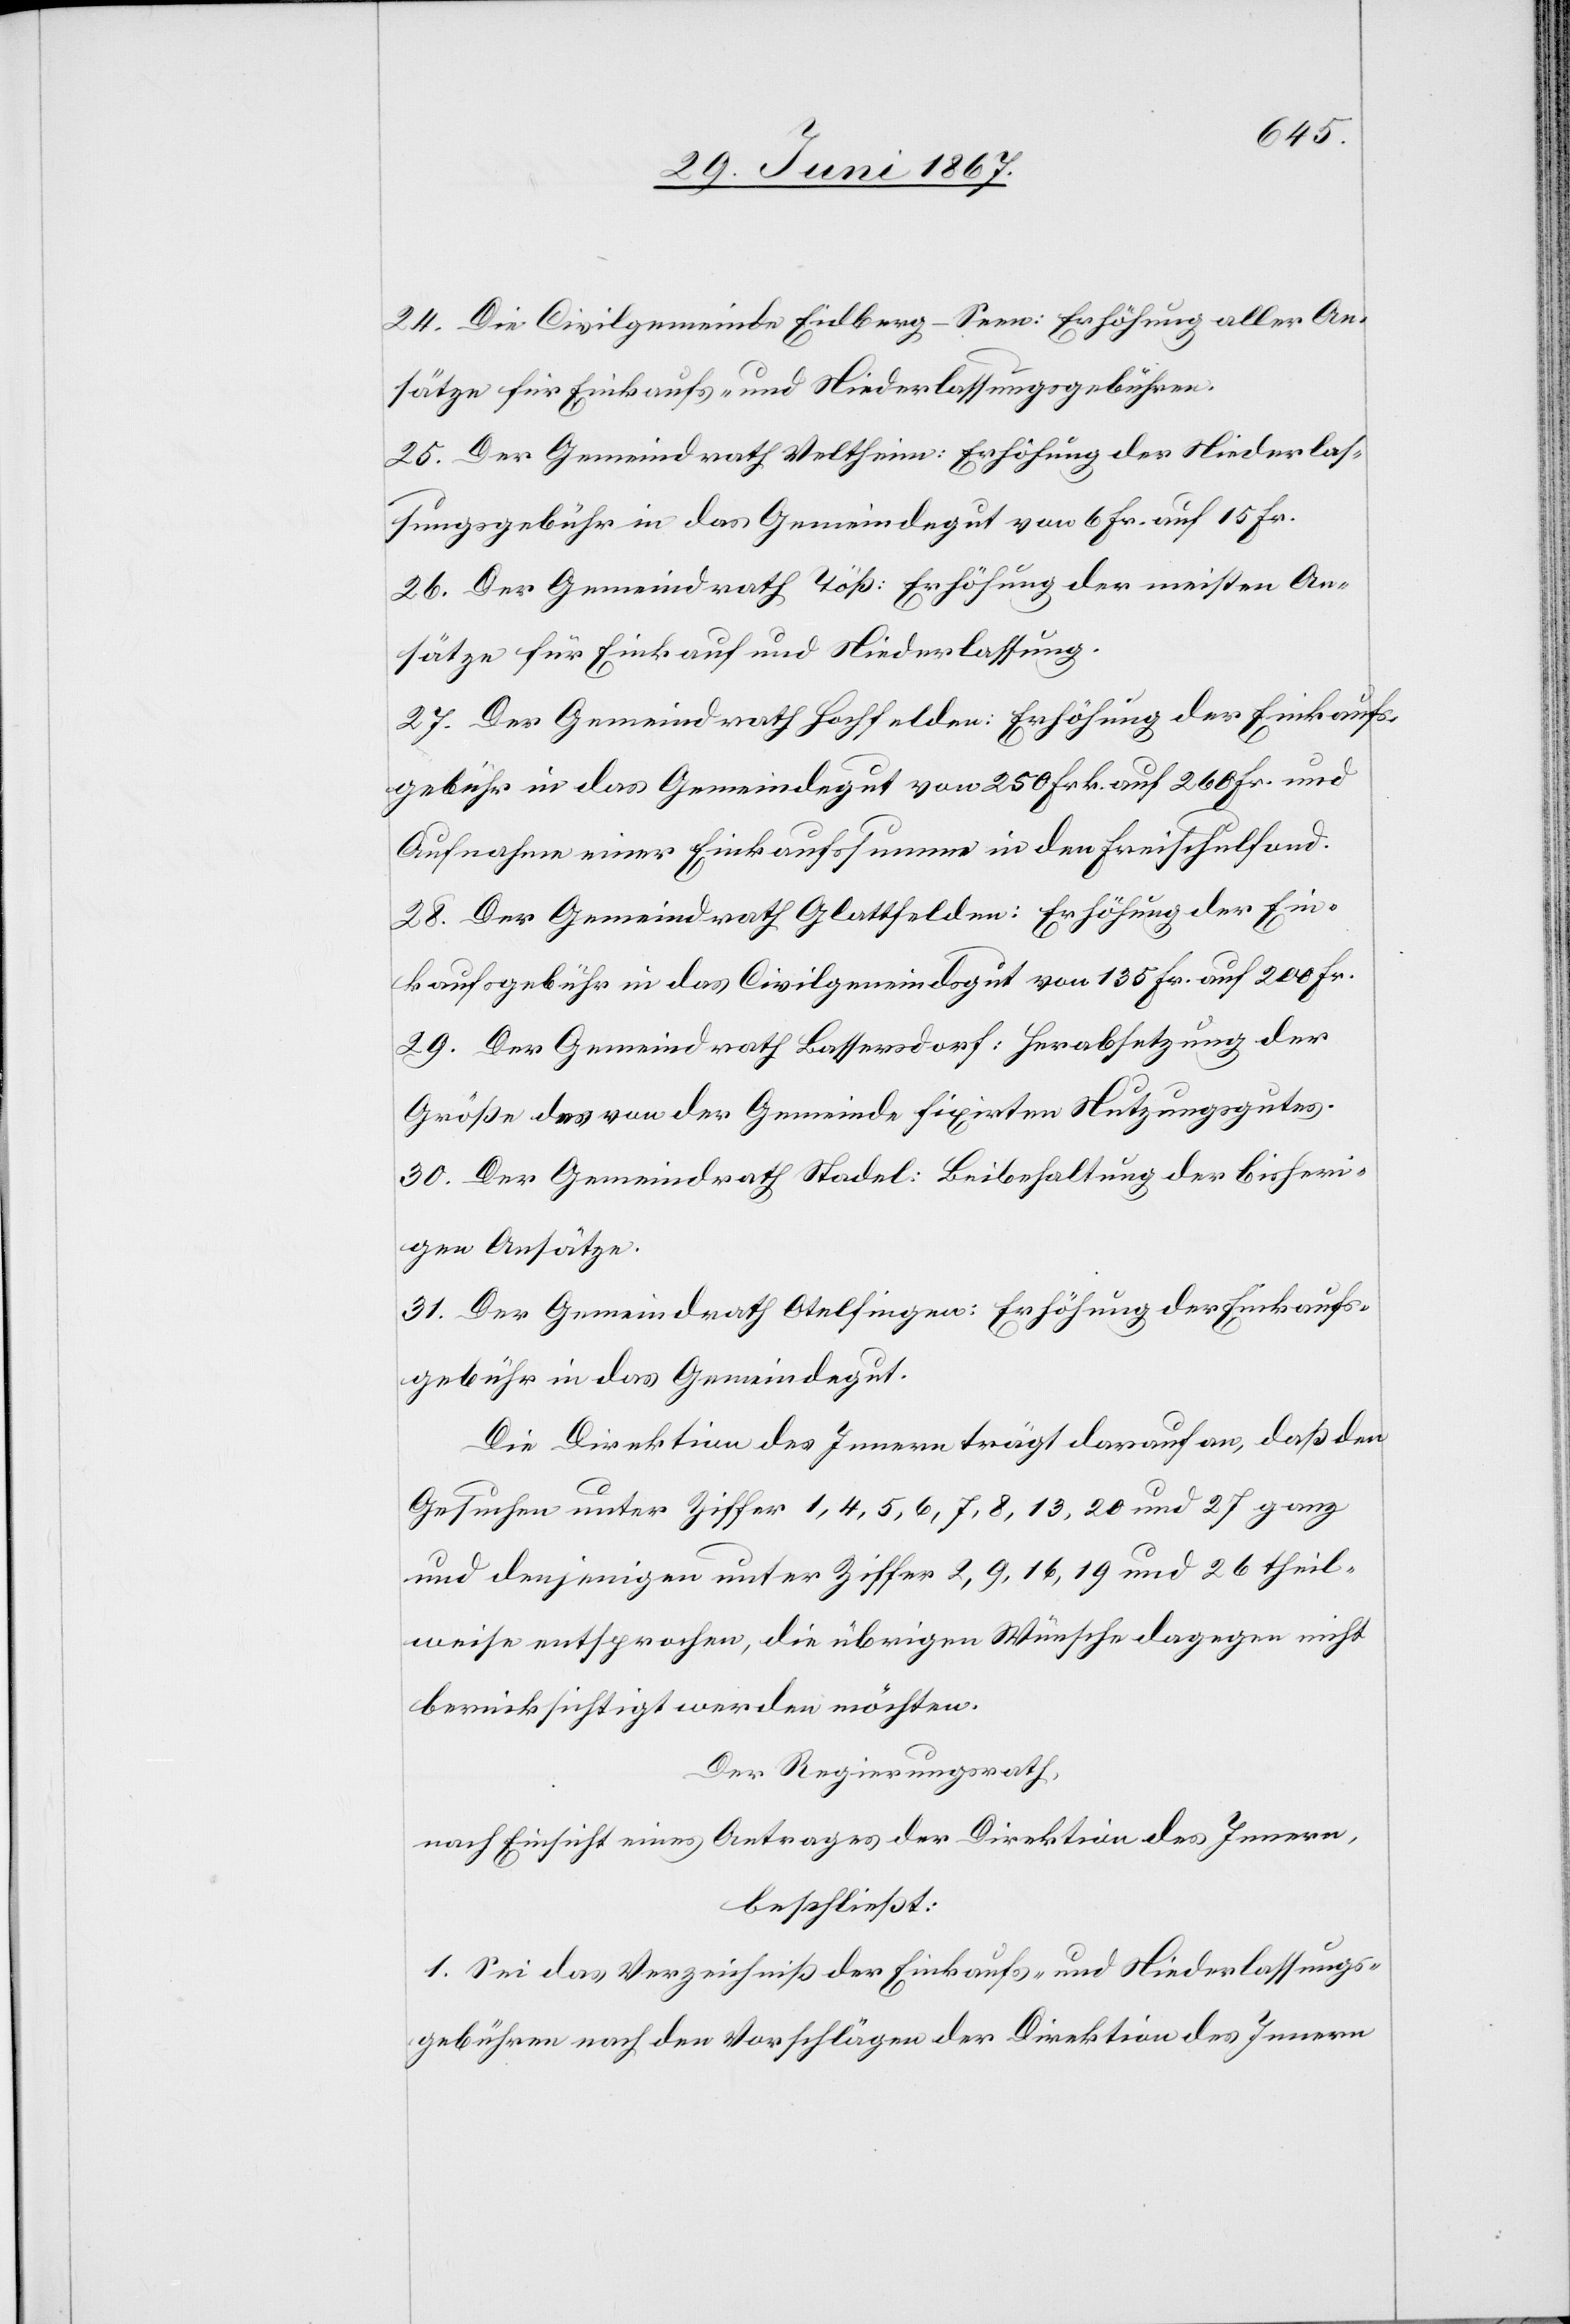
24. Die Civilgemeinde Eidberg-Seen: Erhöhung aller An¬
sätze für Einkaufs- und Niederlassungsgebühren.
25. Der Gemeindrath Veltheim: Erhöhung der Niederlas¬
sungsgebühr in das Gemeindegut von 6 Fr. auf 15 Fr.
26. Der Gemeindrath Töß: Erhöhung der meisten An¬
sätze für Einkauf und Niederlassung.
27. Der Gemeindrath Hochfelden: Erhöhung der Einkaufs¬
gebühr in das Gemeindegut von 250 Frk. auf 260 Fr. und
Aufnahme einer Einkaufssumme in den Freischulfond.
28. Der Gemeindrath Glattfelden: Erhöhung der Ein¬
kaufsgebühr in das Civilgemeindsgut von 135 Fr. auf 200 Fr.
29. Der Gemeindrath Bassersdorf: Herabsetzung der
Größe des von der Gemeinde fixirten Nutzungsgutes.
30. Der Gemeindrath Stadel: Beibehaltung der bisheri¬
gen Ansätze.
31. Der Gemeindrath Otelfingen: Erhöhung der Einkaufs¬
gebühr in das Gemeindegut.
Die Direktion des Innern trägt darauf an, daß den
Gesuchen unter Ziffer 1, 4, 5, 6, 7, 8, 13, 20 und 27 ganz
und denjenigen unter Ziffer 2, 9, 16, 19 und 26 theil¬
weise entsprochen, die übrigen Wünsche dagegen nicht
berücksichtigt werden möchten.
Der Regierungsrath,
Nach Einsicht eines Antrages der Direktion des Innern,
beschließt:
1. Sei das Verzeichniß der Einkaufs- und Niederlassungs¬
gebühren nach den Vorschlägen der Direktion des Innern